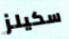
سكيلز